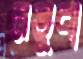
নতুবা